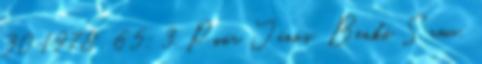
30 1978 . 65: 3. Poór János: Benkő Samu: